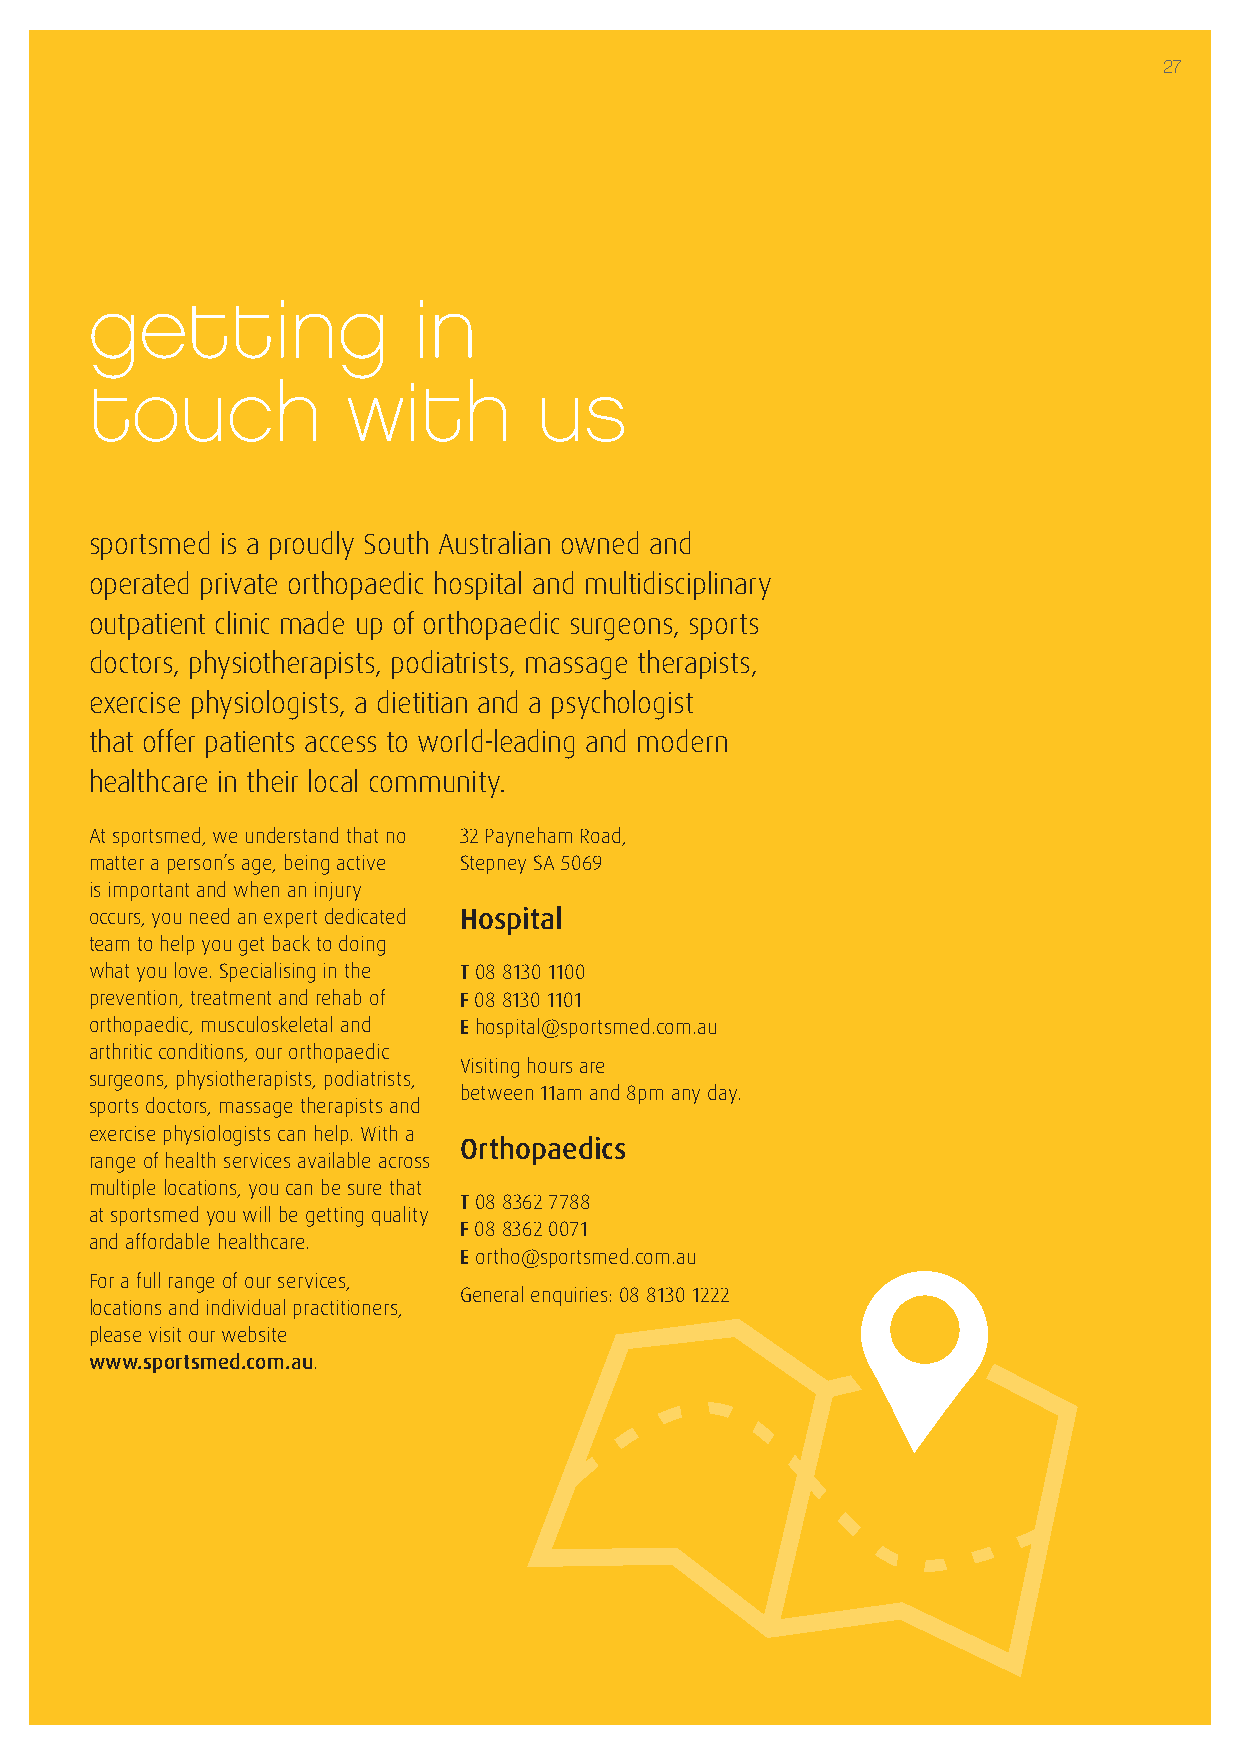
27
 getting              in
 touch            with        us
 sportsmed is a proudly South Australian owned and
 operated private orthopaedic hospital and multidisciplinary
 outpatient clinic made up of orthopaedic surgeons, sports
 doctors, physiotherapists, podiatrists, massage therapists,
 exercise physiologists, a dietitian and a psychologist
 that offer patients access to world-leading and modern
 healthcare in their local community.
 At sportsmed, we understand that no 32 Payneham Road,
 matter a person’s age, being active Stepney SA 5069
 is important and when an injury
 occurs, you need an expert dedicated Hospital
 team to help you get back to doing
 what you love. Specialising in the T 08 8130 1100
 prevention, treatment and rehab of F 08 8130 1101
 orthopaedic, musculoskeletal and E hospital@sportsmed.com.au
 arthritic conditions, our orthopaedic
 Visiting hours are
 surgeons, physiotherapists, podiatrists,
 between 11am and 8pm any day.
 sports doctors, massage therapists and
 exercise physiologists can help. With a
 Orthopaedics
 range of health services available across
 multiple locations, you can be sure that
 T 08 8362 7788
 at sportsmed you will be getting quality
 F 08 8362 0071
 and affordable healthcare.
 E ortho@sportsmed.com.au
 For a full range of our services,
 General enquiries: 08 8130 1222
 locations and individual practitioners,
 please visit our website
 www.sportsmed.com.au.